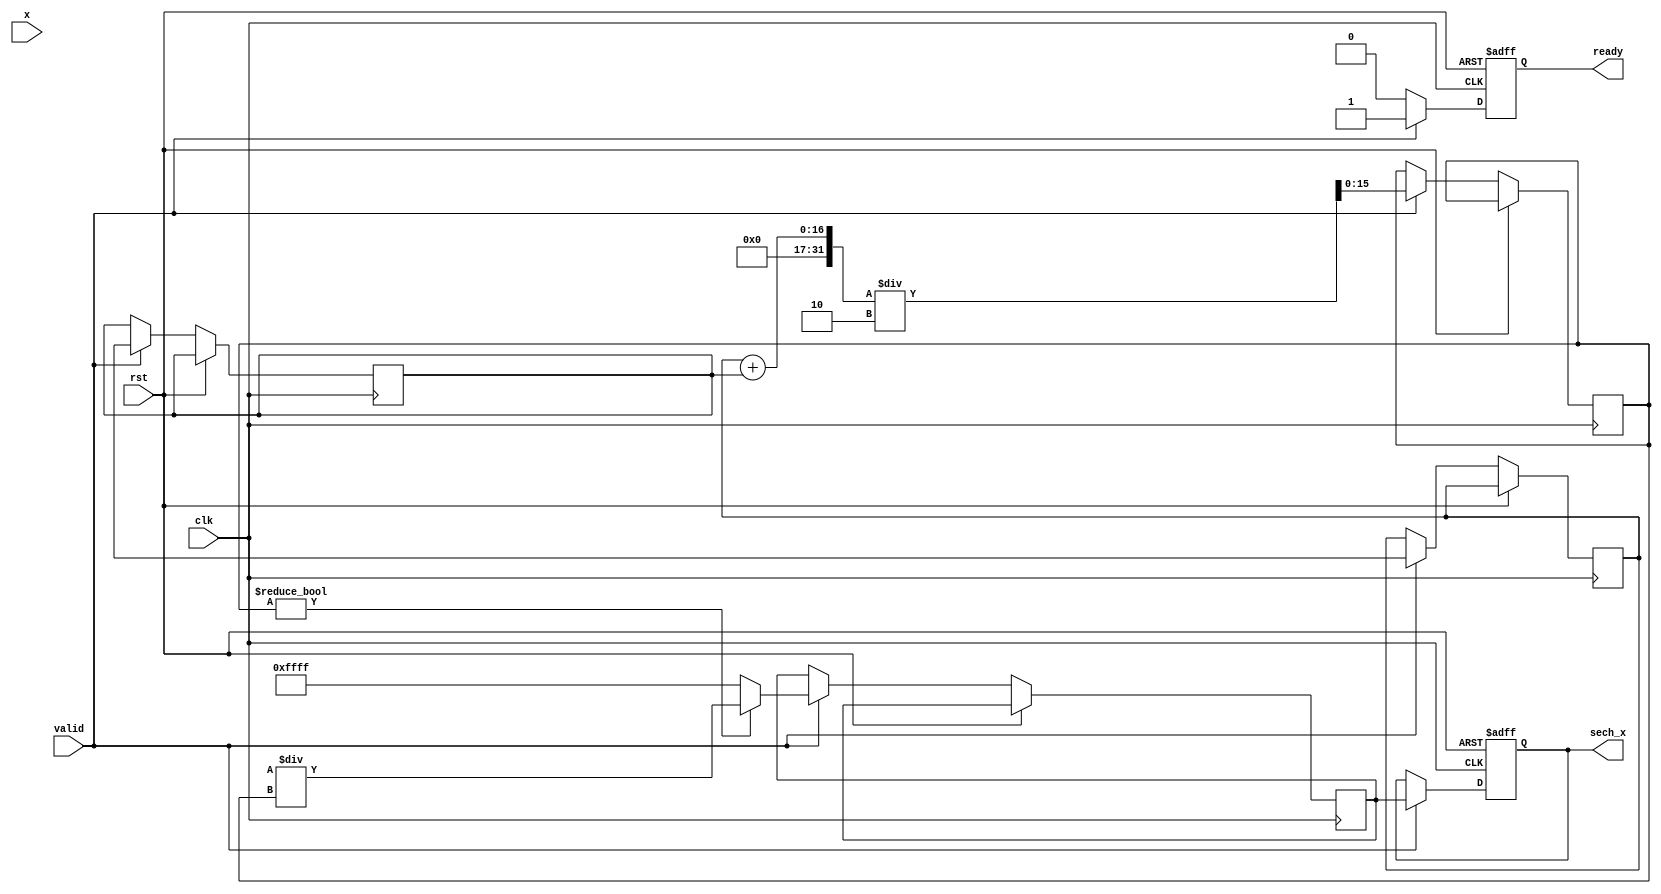
module hyperbolic_secant (
    input wire [15:0] x,           // 16-bit fixed-point input
    output reg [15:0] sech_x,      // 16-bit fixed-point output
    input wire clk,
    input wire rst,
    input wire valid,               // Input valid signal
    output reg ready                // Output ready signal
);

    reg [15:0] exp_x;              // e^x
    reg [15:0] exp_neg_x;          // e^-x
    reg [15:0] cosh_x;             // cosh(x)
    reg [15:0] cosh_x_inv;         // 1/cosh(x)

    // Constants for fixed-point representation
    parameter FIXED_POINT_SCALE = 16'h10000; // Scale factor for fixed-point representation (2^16)

    // Simple exponential approximation using Taylor series (only for small x)
    function [15:0] exp_func;
        input [15:0] x;
        reg [31:0] term;
        reg [31:0] sum;
        integer i;
        begin
            term = FIXED_POINT_SCALE; // e^0 = 1 in fixed-point
            sum = term;
            for (i = 1; i < 10; i = i + 1) begin
                term = (term * x) / (FIXED_POINT_SCALE * i); // Calculate next term
                sum = sum + term; // Add to sum
            end
            exp_func = sum[15:0]; // Return lower 16 bits
        end
    endfunction

    // Sequential block to compute sech(x)
    always @(posedge clk or posedge rst) begin
        if (rst) begin
            sech_x <= 16'h0;
            ready <= 1'b0;
        end else if (valid) begin
            exp_x <= exp_func(x); // Compute e^x
            exp_neg_x <= exp_func(-x); // Compute e^-x
            cosh_x <= (exp_x + exp_neg_x) / 2; // Compute cosh(x)

            // Compute 1/cosh(x) using a simple reciprocal approximation
            if (cosh_x != 0) begin
                cosh_x_inv <= FIXED_POINT_SCALE / cosh_x; // 1/cosh(x)
            end else begin
                cosh_x_inv <= 16'hFFFF; // Handle division by zero
            end

            sech_x <= cosh_x_inv; // Set output
            ready <= 1'b1; // Indicate output is ready
        end else begin
            ready <= 1'b0; // Clear ready if not valid
        end
    end
endmodule